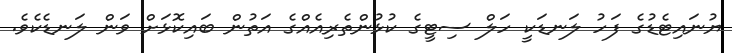
ޔުނައިޓެޑުގެ ފަހު ލަނޑަކީ ހަލް ސިޓީގެ ކުޅުންތެރިއެއްގެ އަތުން ބައިކޮޅަށް ވަން ލަނޑެކެވެ.